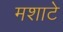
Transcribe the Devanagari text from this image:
मशाटे